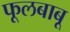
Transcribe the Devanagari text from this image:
फूलबाबू